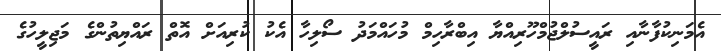
އެމަނިކުފާނާއި ރައީސުލްޖުމްހޫރިއްޔާ އިބްރާހިމް މުހައްމަދު ސޯލިހާ އެކު ކުރިއަށް އޮތް ރައްޔިތުންގެ މަޖިލީހުގެ